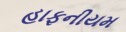
હાફનીયમ